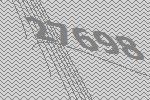
27698